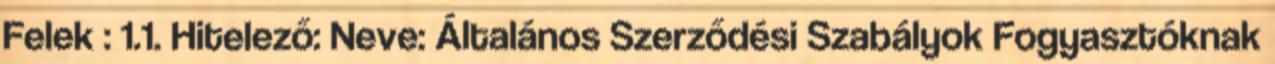
Felek : 1.1. Hitelező: Neve: Általános Szerződési Szabályok Fogyasztóknak